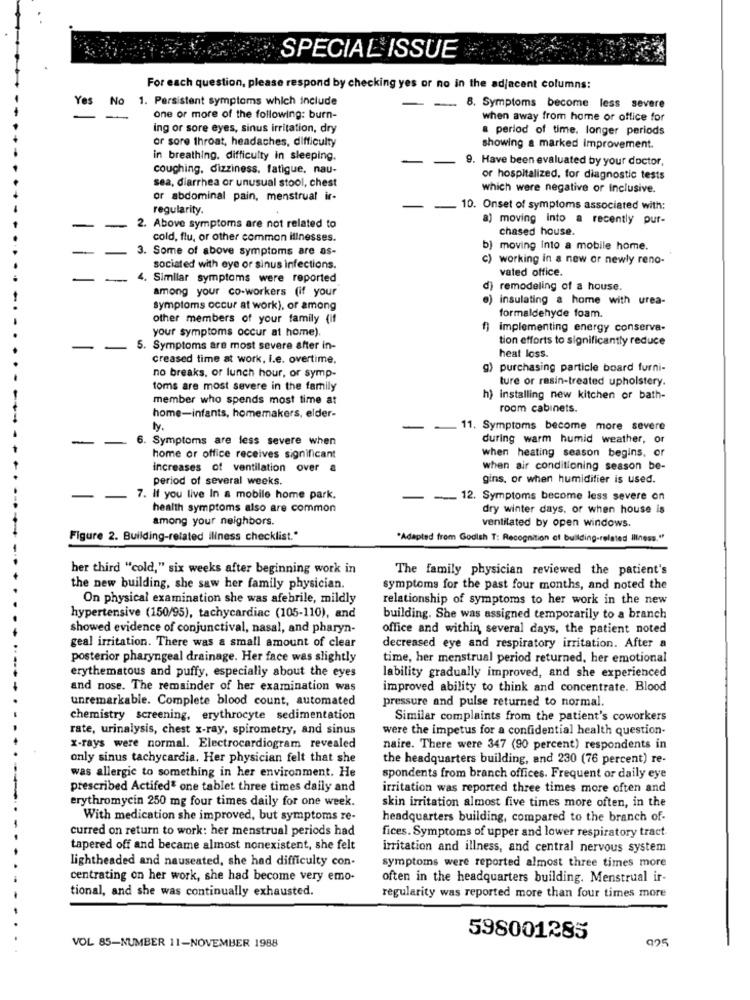
SPECIAL ISSUE
For each question, please respond by checking yes or no in the adjacent columns:
Yes
No
1. Persistent symptoms which include
.. 8. Symptoms become less severe
one or more of the following: burn-
when away from home or office for
ing or sore eyes, sinus irritation, dry
a period of time, longer periods
or sore throat, headaches, difficulty
showing a marked Improvement.
in breathing. difficulty in sleeping.
9. Have been evaluated by your doctor,
coughing, dizziness, fatigue, nau-
or hospitalized, for diagnostic tests
sea, diarrhea or unusual stool, chest
which were negative or Inclusive.
or abdominal pain, menstrual ir-
regularity.
10. Onset of symptoms associated with:
a) moving into a recently pur-
2. Above symptoms are not related to
chased house.
cold, flu, or other common illnesses.
3. Some of above symptoms are as-
b) moving Into a mobile home.
C) working in a new or newly reno-
sociated with eye or sinus infections.
vated office.
4. Similar symptoms were reported
among your co-workers (if your
)remodeling of a house.
e) insulating & home with urea-
symptoms occur at work), or among
formaldehyde foam.
other members of your family (if
your symptoms occur at home).
implementing energy conserva-
tion efforts to significantly reduce
5. Symptoms are most severe after in-
creased time at work, i.e. overtime.
heat loss.
g) purchasing particle board furni-
no breaks, or lunch hour, or symp-
ture or rasin-treated upholstery.
toms are most severe in the family
member who spends most time at
h) installing new kitchen or bath-
room cabinets.
home-infants, homemakers, elder-
11. Symptoms become more severe
-
6. Symptoms are less severe when
during warm humid weather, or
when heating season begins, or
home or office receives significant
increases of ventilation over a
when air conditioning season be-
period of several weeks.
gins, or when humidifier is used.
7. If you live In a mobile home park.
- 12. Symptoms become less severe on
health symptoms also are common
dry winter days, or when house is
among your neighbors.
ventilated by open windows.
Figure 2. Building-related iliness checklist."
*Adapted from Godish T: Recognition of building-related Illness."
her third "cold," six weeks after beginning work in
The family physician reviewed the patient's
the new building, she saw her family physician.
symptoms for the past four months, and noted the
On physical examination she was afebrile, mildly
relationship of symptoms to her work in the new
hypertensive (150/95), tachycardiac (105-110), and
building. She was assigned temporarily to a branch
showed evidence of conjunctival, nasal, and pharyn-
office and within, several days, the patient noted
geal irritation. There was a small amount of clear
decreased eye and respiratory irritation. After a
posterior pharyngeal drainage. Her face was slightly
time, her menstrual period returned, her emotional
erythematous and puffy, especially about the eyes
lability gradually improved, and she experienced
and nose. The remainder of her examination was
improved ability to think and concentrate. Blood
unremarkable. Complete blood count, automated
pressure and pulse returned to normal.
chemistry screening, erythrocyte sedimentation
Similar complaints from the patient's coworkers
rate, urinalysis, chest x-ray, spirometry, and sinus
were the impetus for a confidential health question-
x-rays were normal. Electrocardiogram revealed
naire. There were 347 (90 percent) respondents in
only sinus tachycardia. Her physician felt that she
the headquarters building, and 230 (76 percent) re-
was allergic to something in her environment. He
spondents from branch offices. Frequent or daily eye
prescribed Actifed& one tablet three times daily and
irritation was reported three times more often and
erythromycin 250 mg four times daily for one week.
skin irritation almost five times more often, in the
With medication she improved, but symptoms re-
headquarters building, compared to the branch of-
curred on return to work: her menstrual periods had
fices. Symptoms of upper and lower respiratory tract
tapered off and became almost nonexistent, she felt
irritation and illness, and central nervous system
lightheaded and nauseated, she had difficulty con-
symptoms were reported almost three times more
centrating on her work, she had become very emo-
often in the headquarters building. Menstrual ir-
tional, and she was continually exhausted.
regularity was reported more than four times more
598001285
025
VOL 85-NUMBER 11-NOVEMBER 1988